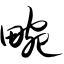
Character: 畹